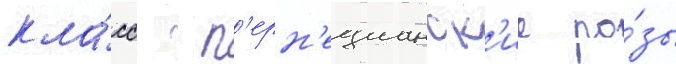
кла́сс  п'ерн'ецианск'ие ро́зы